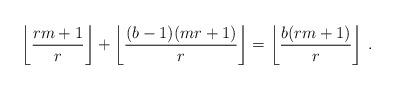
LaTeX: \begin{align*}\left\lfloor\frac{rm+1}{r}\right\rfloor + \left\lfloor \frac{(b-1)(mr+1)}{r}\right\rfloor = \left\lfloor\frac{b(rm+1)}{r}\right\rfloor \, .\end{align*}